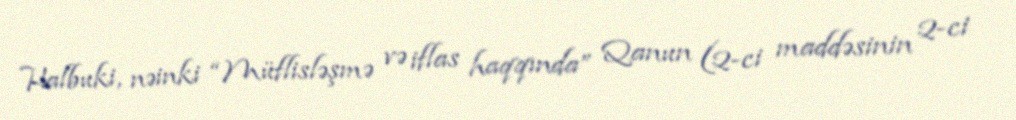
Halbuki, nəinki “Müflisləşmə və iflas haqqında” Qanun (2-ci maddəsinin 2-ci